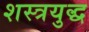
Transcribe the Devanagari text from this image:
शस्त्रयुद्ध